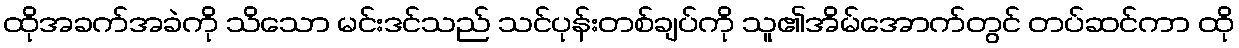
ထိုအခက်အခဲကို သိသော မင်းဒင်သည် သင်ပုန်းတစ်ချပ်ကို သူ၏အိမ်အောက်တွင် တပ်ဆင်ကာ ထို